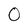
Character: O